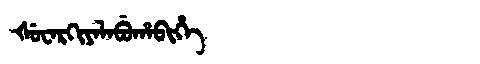
Manchu: ᡧᡠᠸᠠᡵᡴᡳᠶᠠᠯᠠᠪᡠᡥᠠᠪᡳᡥᡝ
Romanization: ŠUWARKIYALABUHABIHE